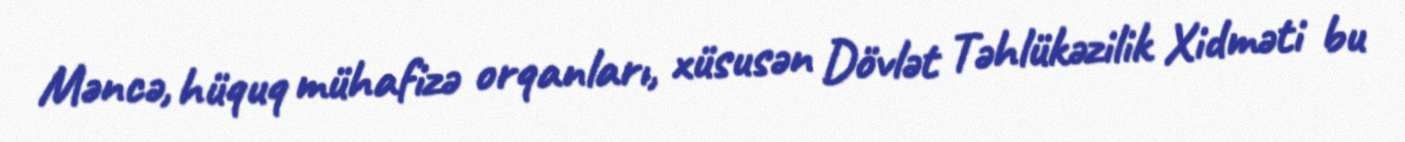
Məncə, hüquq mühafizə orqanları, xüsusən Dövlət Təhlükəzilik Xidməti bu